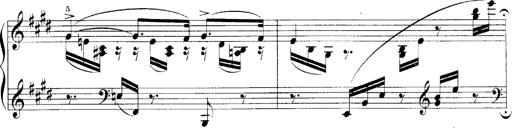
Title: LiebestrÃ¤ume
Composer: Franz Behr
Key: E-flat major